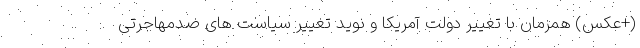
(+عکس) همزمان با تغییر دولت آمریکا و نوید تغییر سیاست های ضدمهاجرتی